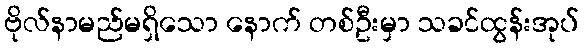
ဗိုလ်နာမည်မရှိသော နောက် တစ်ဦးမှာ သခင်ထွန်းအုပ်